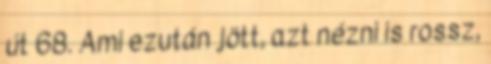
út 68. Ami ezután jött, azt nézni is rossz,